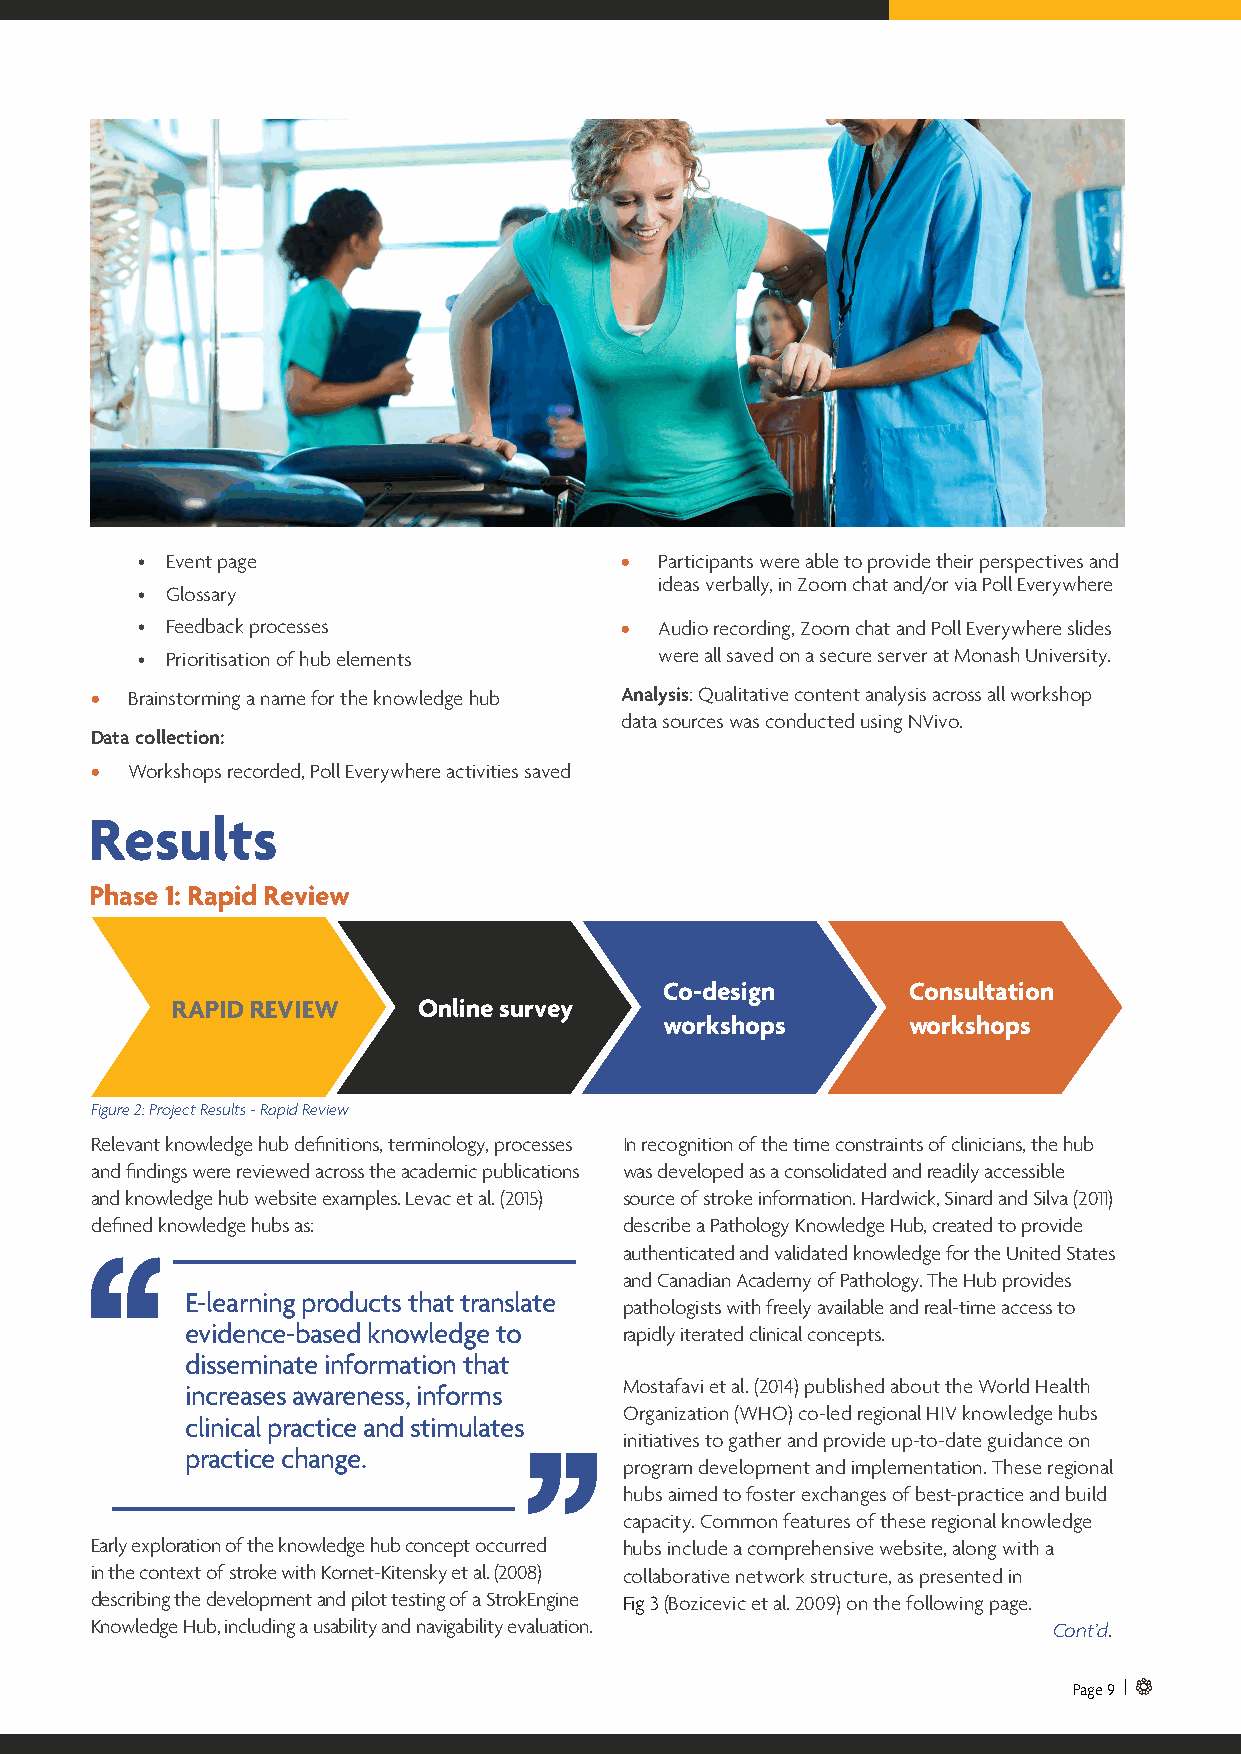
• Event page                    •  Participants were able to provide their perspectives and
 ideas verbally, in Zoom chat and/or via Poll Everywhere
 • Glossary
 • Feedback processes            •  Audio recording, Zoom chat and Poll Everywhere slides
 • Prioritisation of hub elements   were all saved on a secure server at Monash University.
 • Brainstorming a name for the knowledge hub Analysis: Qualitative content analysis across all workshop
 data sources was conducted using NVivo.
 Data collection:
 • Workshops recorded, Poll Everywhere activities saved
 Results
 Phase 1: Rapid Review
 Co-design       Consultation
 RAPID REVIEW     Online survey
 workshops       workshops
 Figure 2: Project Results - Rapid Review
 Relevant knowledge hub definitions, terminology, processes In recognition of the time constraints of clinicians, the hub
 and findings were reviewed across the academic publications was developed as a consolidated and readily accessible
 and knowledge hub website examples. Levac et al. (2015) source of stroke information. Hardwick, Sinard and Silva (2011)
 defined knowledge hubs as:         describe a Pathology Knowledge Hub, created to provide
 authenticated and validated knowledge for the United States
 and Canadian Academy of Pathology. The Hub provides
 E-learning products that translate
 pathologists with freely available and real-time access to
 evidence-based knowledge to  rapidly iterated clinical concepts.
 disseminate information that
 Mostafavi et al. (2014) published about the World Health
 increases awareness, informs
 Organization (WHO) co-led regional HIV knowledge hubs
 clinical practice and stimulates
 initiatives to gather and provide up-to-date guidance on
 practice change.
 program development and implementation. These regional
 hubs aimed to foster exchanges of best-practice and build
 capacity. Common features of these regional knowledge
 Early exploration of the knowledge hub concept occurred hubs include a comprehensive website, along with a
 in the context of stroke with Kornet-Kitensky et al. (2008) collaborative network structure, as presented in
 describing the development and pilot testing of a StrokEngine Fig 3 (Bozicevic et al. 2009) on the following page.
 Knowledge Hub, including a usability and navigability evaluation. Cont’d.
 Page 9 |